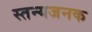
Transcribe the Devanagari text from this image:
स्तन्यजनक